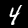
Label: 4